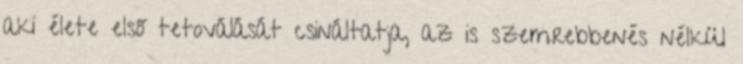
aki élete első tetoválását csináltatja, az is szemrebbenés nélkül